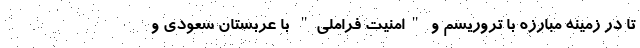
تا در زمینه مبارزه با تروریسم و "امنیت فراملی" با عربستان سعودی و